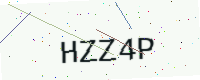
Text: HZZ4P